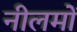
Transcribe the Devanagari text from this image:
नीलमों